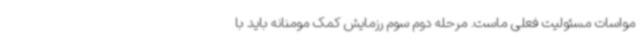
مواسات مسئولیت فعلی ماست. مرحله دوم سوم رزمایش کمک مومنانه باید با